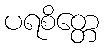
ပရစိတ္တေ